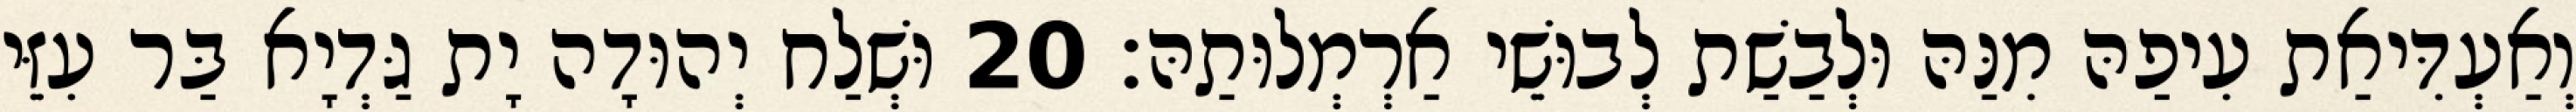
וְאַעְדִּיאַת עִיפַהּ מִנַּהּ וּלְבַשַׁת לְבוּשֵׁי אַרְמְלוּתַהּ׃ 20 וּשְׁלַח יְהוּדָה יָת גַּדְיָא בַּר עִזֵּי